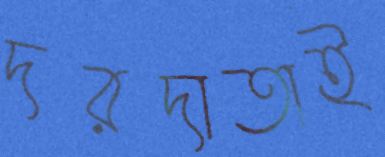
দরদাতাই